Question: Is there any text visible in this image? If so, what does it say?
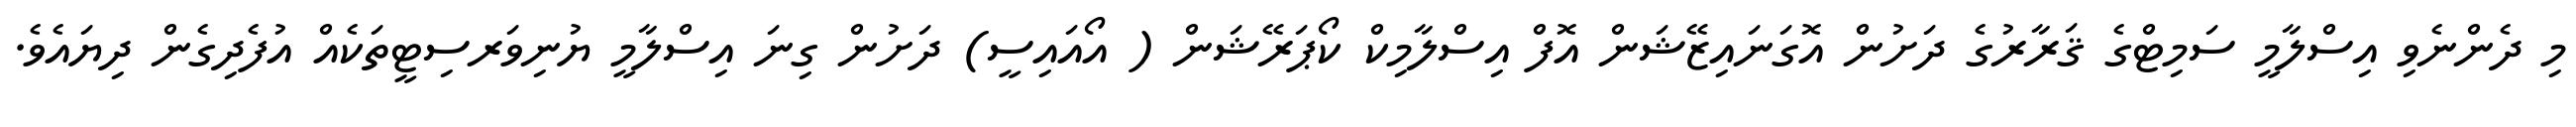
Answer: މި ދެންނެވި އިސްލާމީ ސަމިޓްގެ ޤަރާރުގެ ދަށުން އޮގަނައިޒޭޝަން އޮފް އިސްލާމިކް ކޯޕަރޭޝަން ( އޯއައިސީ) ދަށުން ގިނަ އިސްލާމީ ޔުނިވަރސިޓީތަކެއް އުފެދިގެން ދިޔައެވެ.